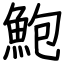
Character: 鮑